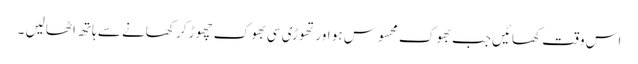
اس وقت کھائیں جب بھوک محسوس ہو اور تھوڑی سی بھوک چھوڑ کر کھانے سے ہاتھ اٹھالیں ۔